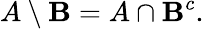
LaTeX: A\setminus\mathbf{B}=A\cap\mathbf{B}^{c}.